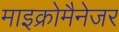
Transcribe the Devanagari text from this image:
माइक्रोमैनेजर